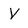
Character: V